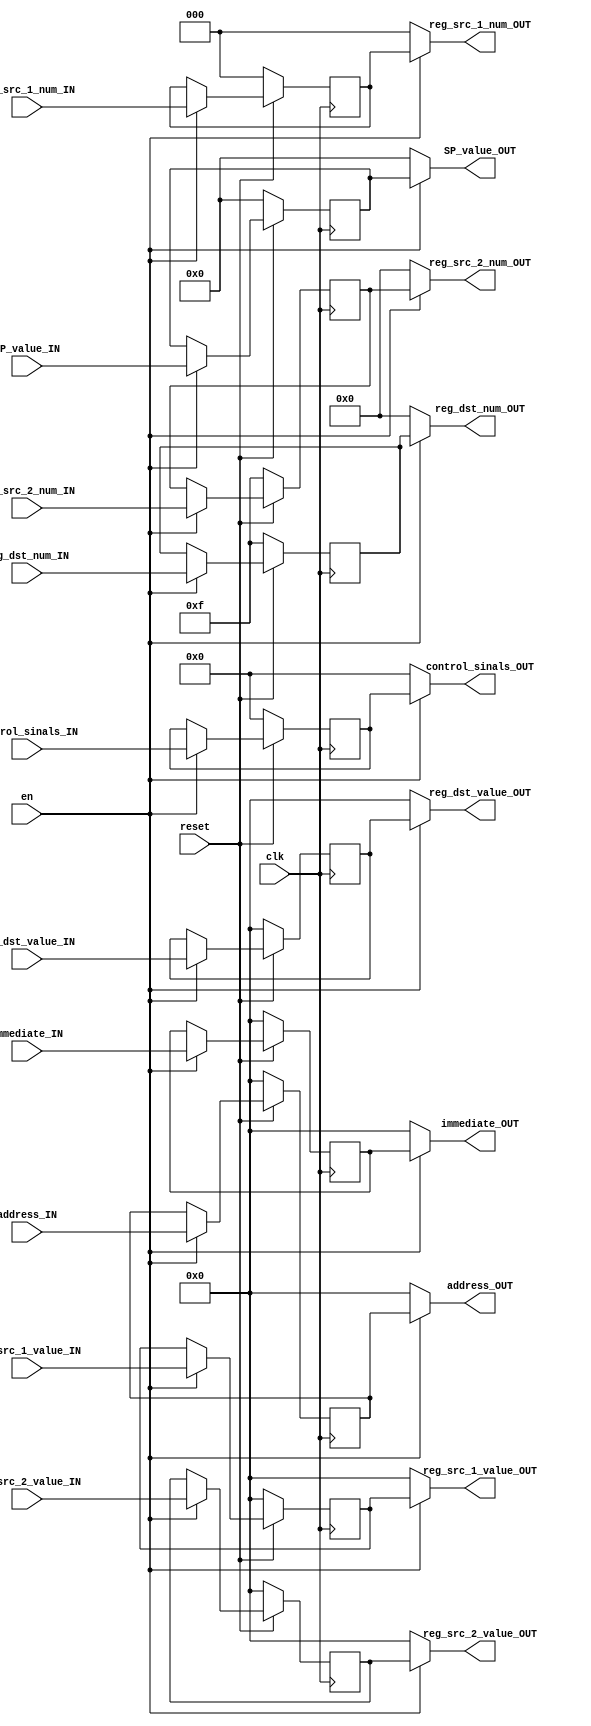
module DE_pipeline_register #(parameter NUMBER_CONTROL_SIGNALS = 16) (control_sinals_IN, control_sinals_OUT, 
                             reg_dst_num_IN, reg_dst_num_OUT,
                             reg_dst_value_IN, reg_dst_value_OUT,
                             reg_src_1_num_IN, reg_src_1_num_OUT,
                             reg_src_1_value_IN, reg_src_1_value_OUT,
                             reg_src_2_num_IN, reg_src_2_num_OUT,
                             reg_src_2_value_IN, reg_src_2_value_OUT,
                             address_IN, address_OUT,
                             SP_value_IN, SP_value_OUT,
                             immediate_IN,immediate_OUT,
                             clk, reset,en);

input [20:0] control_sinals_IN;
output [20:0] control_sinals_OUT;
reg [20:0] control_sinals_REG;

input [3:0] reg_dst_num_IN;
output [3:0] reg_dst_num_OUT;
reg [3:0] reg_dst_num_REG;

input [15:0] reg_dst_value_IN;
output [15:0] reg_dst_value_OUT;
reg [15:0] reg_dst_value_REG;

input [2:0] reg_src_1_num_IN;
output [2:0] reg_src_1_num_OUT;
reg [2:0] reg_src_1_num_REG;

input [15:0] reg_src_1_value_IN;
output [15:0] reg_src_1_value_OUT;
reg [15:0] reg_src_1_value_REG;

input [3:0] reg_src_2_num_IN;
output [3:0] reg_src_2_num_OUT;
reg [3:0] reg_src_2_num_REG;

input [15:0] reg_src_2_value_IN;
output [15:0] reg_src_2_value_OUT;
reg [15:0] reg_src_2_value_REG;

input [15:0] address_IN;
output [15:0] address_OUT;
reg [15:0] address_REG;

input [31:0] SP_value_IN;
output [31:0] SP_value_OUT;
reg [31:0] SP_value_REG;

input [15:0] immediate_IN;
output [15:0] immediate_OUT;
reg [15:0] immediate_REG;

input clk;
input reset;
input en;

// Asynchronous read
assign control_sinals_OUT = (en)? control_sinals_REG:0;
assign reg_dst_num_OUT = (en)? reg_dst_num_REG:0;
assign reg_dst_value_OUT = (en)? reg_dst_value_REG:0;
assign reg_src_1_num_OUT = (en)? reg_src_1_num_REG:0;
assign reg_src_1_value_OUT =(en)?  reg_src_1_value_REG:0;
assign reg_src_2_num_OUT = (en)? reg_src_2_num_REG:0;
assign reg_src_2_value_OUT = (en)? reg_src_2_value_REG:0;
assign address_OUT = (en)? address_REG:0;
assign SP_value_OUT = (en)? SP_value_REG:0;
assign immediate_OUT = (en)? immediate_REG:0;

always @(posedge clk)
    begin
        // Active low reset
        if (!reset)
            begin
                control_sinals_REG = 0;
                reg_dst_num_REG = 15;
                reg_dst_value_REG = 0;
                reg_src_1_num_REG = 0;
                reg_src_1_value_REG = 0;
                reg_src_2_num_REG = 15;
                reg_src_2_value_REG = 0;
                address_REG = 0;
                SP_value_REG = 0;
                immediate_REG =0;
            end
        // Synchronous write @ +ve edge
        else
            begin
                if(en) begin
                    control_sinals_REG = control_sinals_IN;
                    reg_dst_num_REG = reg_dst_num_IN;
                    reg_dst_value_REG = reg_dst_value_IN;
                    reg_src_1_num_REG = reg_src_1_num_IN;
                    reg_src_1_value_REG = reg_src_1_value_IN;
                    reg_src_2_num_REG = reg_src_2_num_IN;
                    reg_src_2_value_REG = reg_src_2_value_IN;
                    address_REG = address_IN;
                    SP_value_REG = SP_value_IN;
                    immediate_REG = immediate_IN;
                end
                // else begin
                // control_sinals_REG = 0;
                // reg_dst_num_REG = 0;
                // reg_dst_value_REG = 0;
                // reg_src_1_num_REG = 0;
                // reg_src_1_value_REG = 0;
                // reg_src_2_num_REG = 0;
                // reg_src_2_value_REG = 0;
                // address_REG = 0;
                // end
            end
    end
endmodule